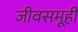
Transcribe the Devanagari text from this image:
जीवसमूही